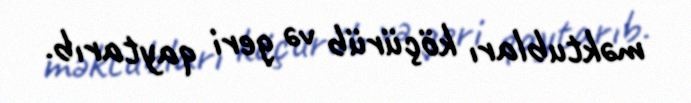
məktubları köçürüb və geri qaytarıb.